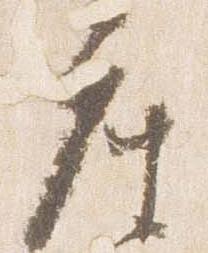
座